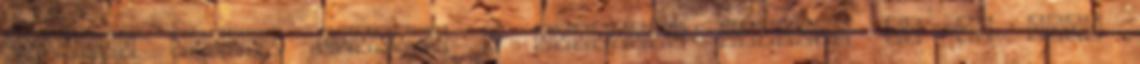
kormány Váradi Balázs, a Budapest Intézet és az ELTE